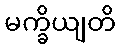
မက္ခိယျတိ